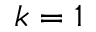
k = 1